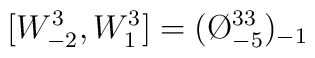
[W_{-2}^{3},W^{3}_{1}]=(\O ^{33}_{-5})_{-1}